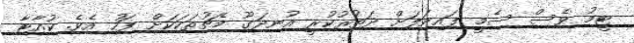
ޓީމު ވެސް ސެމީ ފައިނަލަށް ދަތުުރުކުރީ އުނދަގޫ މެޗުތަކަކަށް ފަހު އެވެ. ކުއާޓާ